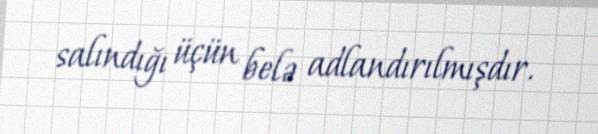
salındığı üçün belə adlandırılmışdır.